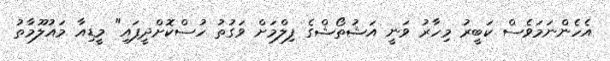
އެހެންނަމަވެސް ކަބީރު މިހާރު ވަނީ އަޝުތޯޝްގެ ފިލްމަށް ވަގުތު ހުސްކޮށްދީފައި" މީޑިއާ މައުލޫމާތު